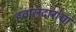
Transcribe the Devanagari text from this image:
हवालदारांचा